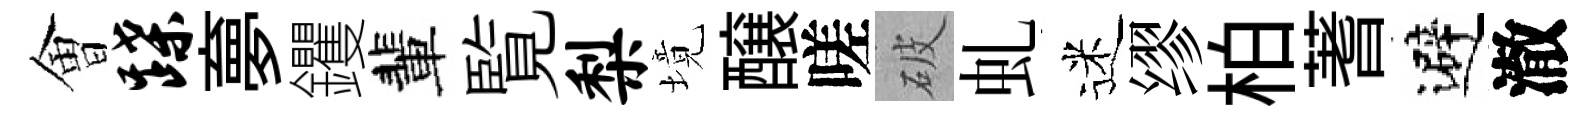
㑹蹀夣钁輩覧梨境醸嗟破虬迷缪柏蓍避澈